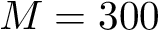
M = 3 0 0